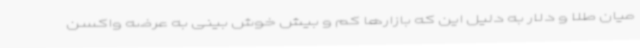
میان طلا و دلار به دلیل این که بازارها کم و بیش خوش بینی به عرضه واکسن